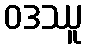
ဝဒဿူ